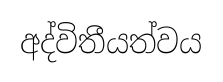
අද්විතීයත්වය